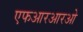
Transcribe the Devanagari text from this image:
एफआरआरओ